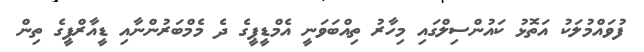
ފުވައްމުލަކު އަތޮޅު ކައުންސިލްގައި މިހާރު ތިއްބަވަނީ އެމްޑީޕީގެ ދެ މެމްބަރުންނާއި ޑީއާރްޕީގެ ތިން